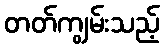
တတ်ကျွမ်းသည့်